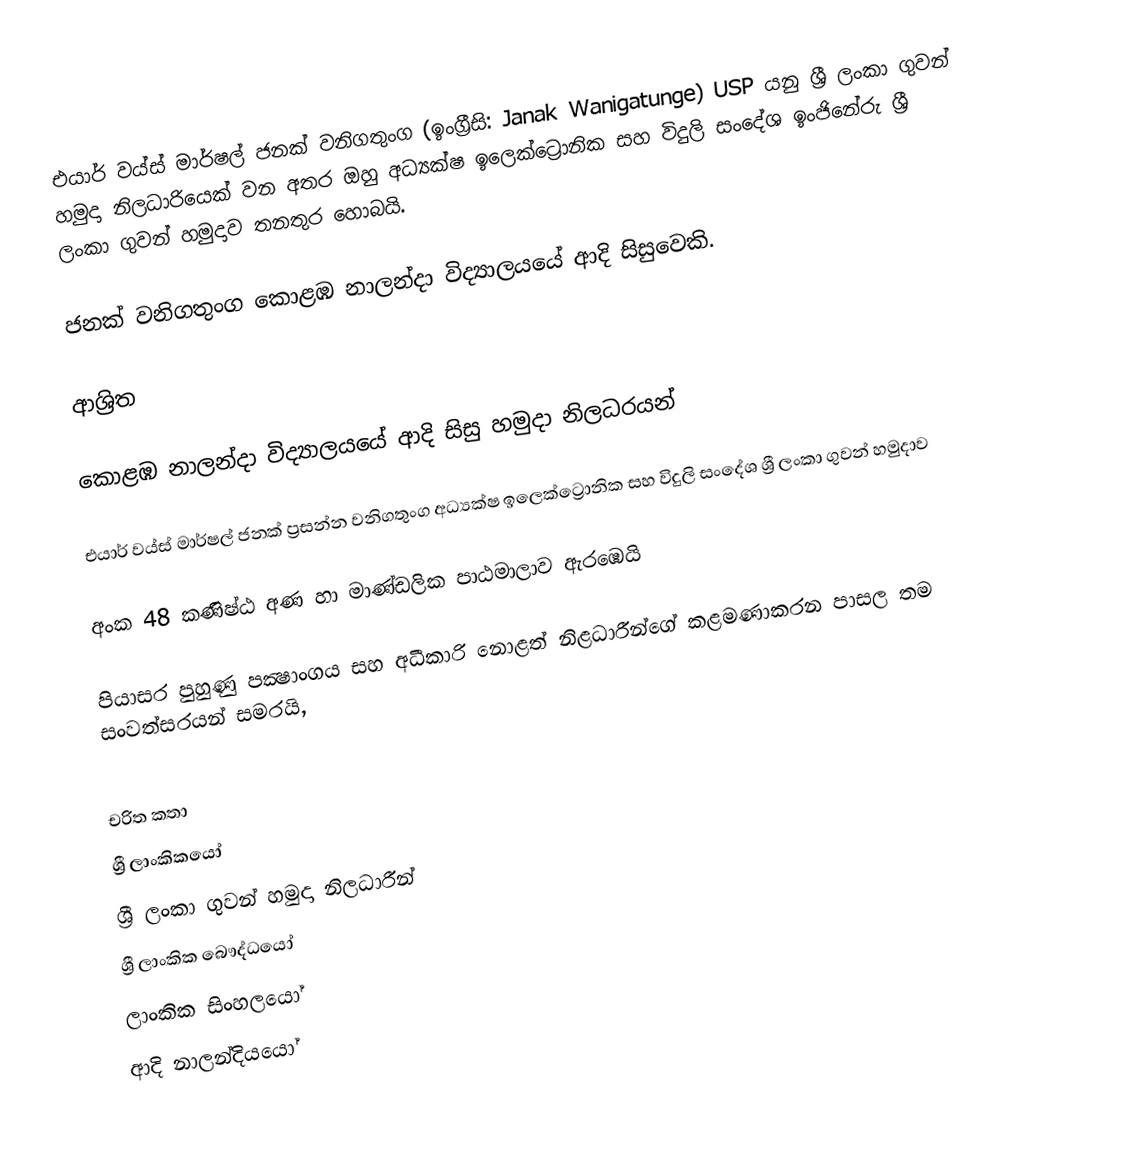
එයාර් වය්ස් මාර්ෂල් ජනක් වනිගතුංග (ඉංග්‍රීසි: Janak Wanigatunge) USP යනු  ශ්‍රී ලංකා ගුවන් හමුදා නිලධාරියෙක් වන අතර ඔහු අධ්‍යක්ෂ ඉලෙක්ට්‍රොනික සහ විදුලි සංදේශ ඉංජිනේරු ශ්‍රී ලංකා ගුවන් හමුදාව තනතුර හොබයි.

ජනක් වනිගතුංග  කොළඹ නාලන්දා විද්‍යාලයයේ ආදි සිසුවෙකි.

ආශ්‍රිත

කොළඹ නාලන්දා විද්‍යාලයයේ ආදි සිසු හමුදා නිලධරයන්

 එයාර් වය්ස් මාර්ෂල්  ජනක් ප්‍රසන්න වනිගතුංග  අධ්‍යක්ෂ ඉලෙක්ට්‍රොනික සහ විදුලි සංදේශ ශ්‍රී ලංකා ගුවන් හමුදාව

 අංක 48 කණිෂ්ඨ අණ හා මාණ්ඩලික පාඨමාලාව ඇරඹෙයි

 පියාසර පුහුණු පක්‍ෂාංගය සහ අධීකාරි නොළත් නිළධාරීන්ගේ කළමණාකරන පාසල තම සංවත්සරයන් සමරයි,

චරිත කතා
ශ්‍රී ලාංකිකයෝ
ශ්‍රී ලංකා ගුවන් හමුදා නිලධාරීන්
ශ්‍රී ලාංකික බෞද්ධයෝ
ලාංකික සිංහලයෝ
ආදි නාලන්දියයෝ